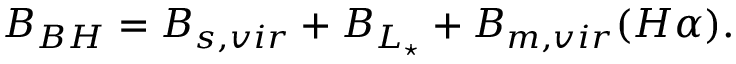
B _ { B H } = B _ { s , v i r } + B _ { L _ { \star } } + B _ { m , v i r } ( H \alpha ) .